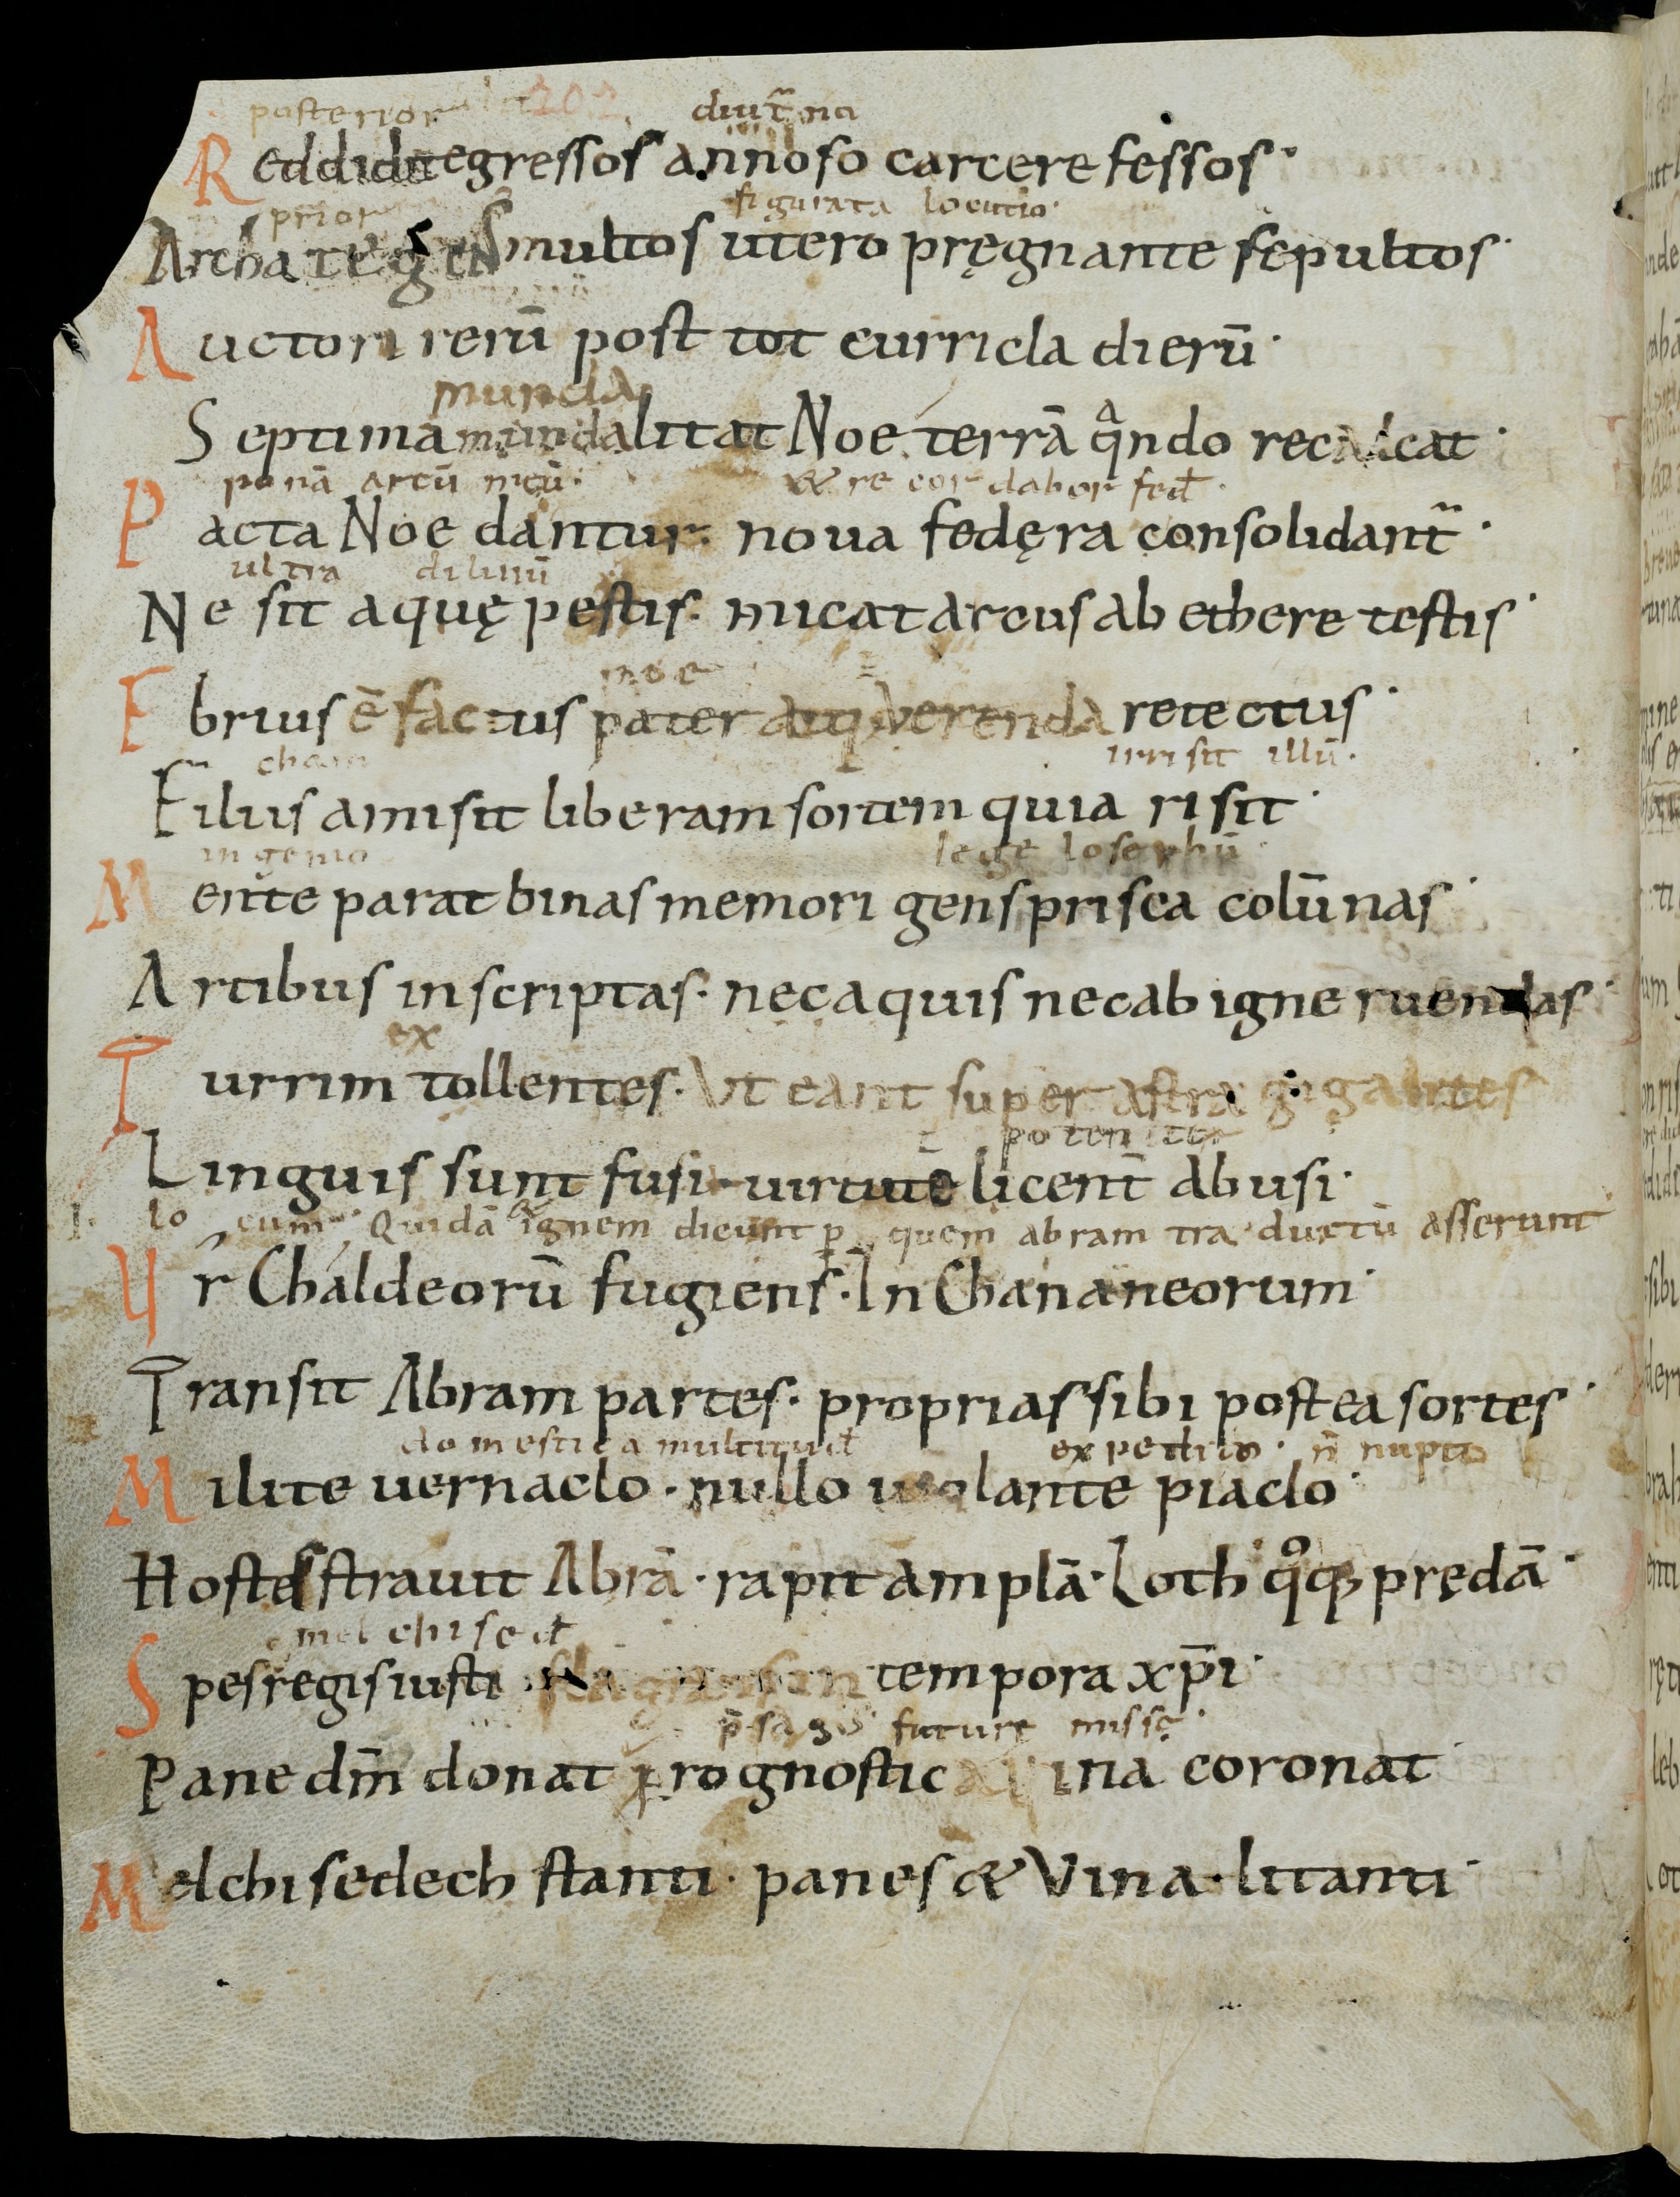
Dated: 1000–1099